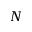
N